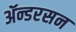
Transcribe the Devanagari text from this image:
ॲन्डरसन